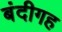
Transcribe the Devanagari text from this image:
बंदीगह